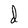
Character: d